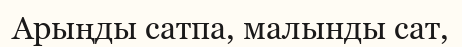
Арыңды сатпа, малынды сат,